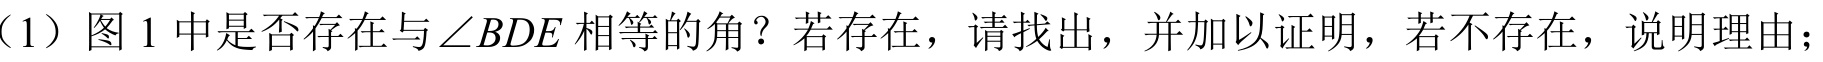
（1）图 1 中是否存在与\(\angle BDE\)相等的角？若存在，请找出，并加以证明，若不存在，说明理由；